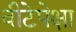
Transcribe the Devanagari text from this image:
वीटेपेक्षा